Civil Veterinary Department Bihar & Orissa reports 1929-36 - 1929-1936
Year: 1929
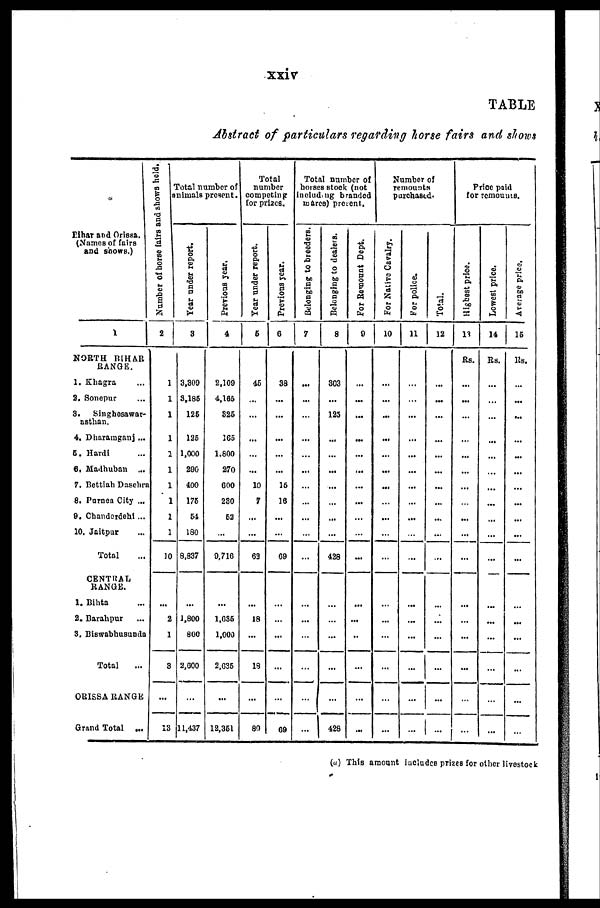
xxiv
TABLE
Abstract of particulars regarding horse fairs and shows
Bihar and Orissa.
(Names of fairs
and shows.)
1
NORTH BIHAR
RANGE.
1. Khagra ...
2. Sonepur ...
3.
Singhesawar-
asthan.
4. Dharamganj ...
5. Hardi ...
6. Madhuban ...
7. Bettiah Dasehra
8. Purnea City ...
9. Chanderdehi ...
10. Jaitpur ...
Total ...
CENTRAL
RANGE.
1. Bihta ...
2. Barahpur ...
3. Biswabhusunda
Total ...
ORISSA RANGE
Grand Total ...
Number of horse fairs and shows held.
2
1
1
1
1
1
1
1
1
1
1
10
...
2
1
3
...
13
Total number of
animals present.
Year
under report.
3
3,300
3,185
126
125
1,000
290
100
176
54
180
8,837
...
1,800
800
2,000
...
11,437
Previous year.
4
2,100
4,165
326
165
1.800
270
600
230
62
...
9,716
...
1,036
1,000
2.035
...
12,361
Total
number
competing
for prizes.
Year
under report.
6
46
...
...
...
...
...
10
7
...
...
63
...
18
...
18
...
80
Previous year.
0
38
...
...
...
...
...
16
16
...
...
69
...
...
...
...
...
09
Total number of
horses stock (not
including branded
mares) present.
Belonging to breeders.
7
...
...
...
...
...
...
...
...
...
...
...
...
...
...
...
...
...
Belonging to dealers.
8
303
...
125
...
...
...
...
...
...
...
428
...
...
...
...
...
428
For Remount Dept.
0
...
...
...
...
...
...
...
...
...
...
...
...
...
...
...
...
...
Number of
remounts
purchased.
For Native Cavalry.
10
...
...
...
...
...
...
...
...
...
...
...
...
...
...
...
...
...
For police.
11
...
...
...
...
...
...
...
...
...
...
...
...
...
...
...
...
...
Total.
12
...
...
...
...
...
...
...
...
...
...
...
...
...
...
...
...
...
Price paid
for remounts.
Highest price.
13
Rs.
...
...
...
...
...
...
...
...
...
...
...
...
...
...
...
...
...
Lowest price.
14
Rs.
...
...
...
...
...
...
...
...
...
...
...
...
...
...
...
...
...
Average price.
16
Rs.
...
...
...
...
...
...
...
...
...
...
...
...
...
...
...
...
...
(a) This amount iucludes prizes for other livestock